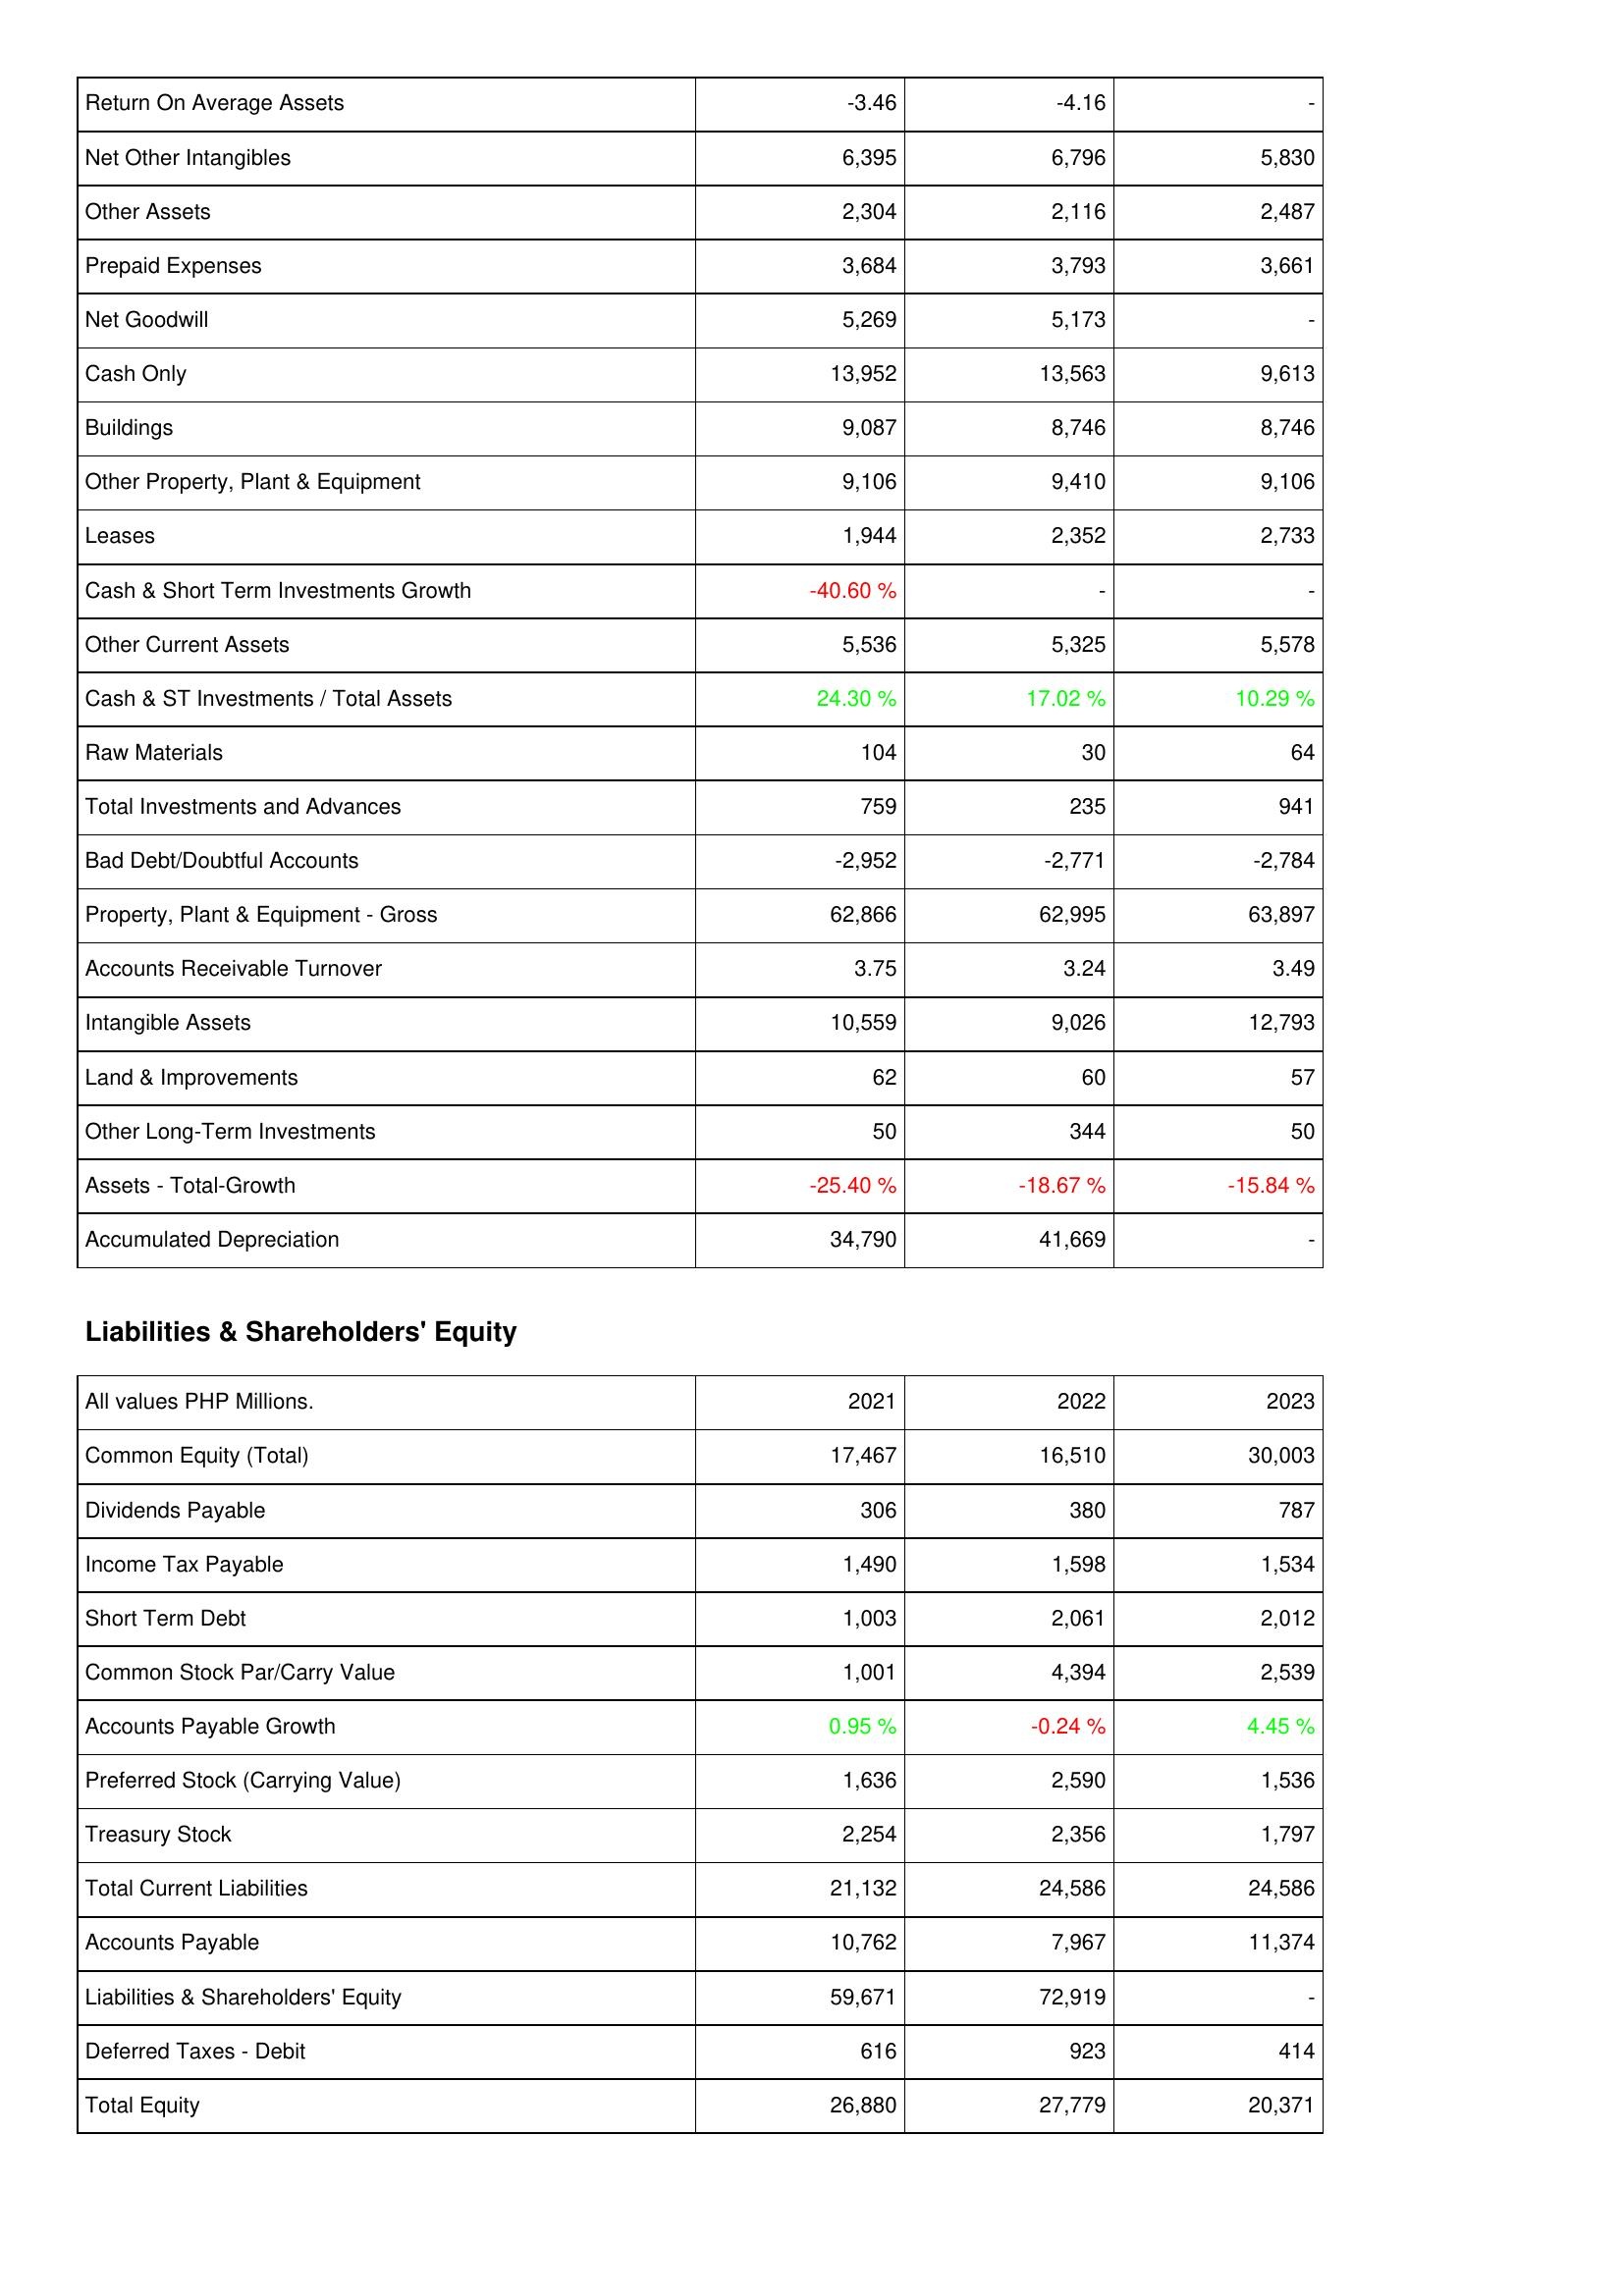
2021: Assets: Return On Average Assets: -3.46
Net Other Intangibles: 6,395
Other Assets: 2,304
Prepaid Expenses: 3,684
Net Goodwill: 5,269
Cash Only: 13,952
Buildings: 9,087
Other Property, Plant & Equipment: 9,106
Leases: 1,944
Cash & Short Term Investments Growth: -40.60 %
Other Current Assets: 5,536
Cash & ST Investments / Total Assets: 24.30 %
Raw Materials: 104
Total Investments and Advances: 759
Bad Debt/Doubtful Accounts: -2,952
Property, Plant & Equipment - Gross: 62,866
Accounts Receivable Turnover: 3.75
Intangible Assets: 10,559
Land & Improvements: 62
Other Long-Term Investments: 50
Assets - Total-Growth: -25.40 %
Accumulated Depreciation: 34,790
Liabilities & Shareholders' Equity: Common Equity (Total): 17,467
Dividends Payable: 306
Income Tax Payable: 1,490
Short Term Debt: 1,003
Common Stock Par/Carry Value: 1,001
Accounts Payable Growth: 0.95 %
Preferred Stock (Carrying Value): 1,636
Treasury Stock: 2,254
Total Current Liabilities: 21,132
Accounts Payable: 10,762
Liabilities & Shareholders' Equity: 59,671
Deferred Taxes - Debit: 616
Total Equity: 26,880
2022: Assets: Return On Average Assets: -4.16
Net Other Intangibles: 6,796
Other Assets: 2,116
Prepaid Expenses: 3,793
Net Goodwill: 5,173
Cash Only: 13,563
Buildings: 8,746
Other Property, Plant & Equipment: 9,410
Leases: 2,352
Cash & Short Term Investments Growth: -
Other Current Assets: 5,325
Cash & ST Investments / Total Assets: 17.02 %
Raw Materials: 30
Total Investments and Advances: 235
Bad Debt/Doubtful Accounts: -2,771
Property, Plant & Equipment - Gross: 62,995
Accounts Receivable Turnover: 3.24
Intangible Assets: 9,026
Land & Improvements: 60
Other Long-Term Investments: 344
Assets - Total-Growth: -18.67 %
Accumulated Depreciation: 41,669
Liabilities & Shareholders' Equity: Common Equity (Total): 16,510
Dividends Payable: 380
Income Tax Payable: 1,598
Short Term Debt: 2,061
Common Stock Par/Carry Value: 4,394
Accounts Payable Growth: -0.24 %
Preferred Stock (Carrying Value): 2,590
Treasury Stock: 2,356
Total Current Liabilities: 24,586
Accounts Payable: 7,967
Liabilities & Shareholders' Equity: 72,919
Deferred Taxes - Debit: 923
Total Equity: 27,779
2023: Assets: Return On Average Assets: -
Net Other Intangibles: 5,830
Other Assets: 2,487
Prepaid Expenses: 3,661
Net Goodwill: -
Cash Only: 9,613
Buildings: 8,746
Other Property, Plant & Equipment: 9,106
Leases: 2,733
Cash & Short Term Investments Growth: -
Other Current Assets: 5,578
Cash & ST Investments / Total Assets: 10.29 %
Raw Materials: 64
Total Investments and Advances: 941
Bad Debt/Doubtful Accounts: -2,784
Property, Plant & Equipment - Gross: 63,897
Accounts Receivable Turnover: 3.49
Intangible Assets: 12,793
Land & Improvements: 57
Other Long-Term Investments: 50
Assets - Total-Growth: -15.84 %
Accumulated Depreciation: -
Liabilities & Shareholders' Equity: Common Equity (Total): 30,003
Dividends Payable: 787
Income Tax Payable: 1,534
Short Term Debt: 2,012
Common Stock Par/Carry Value: 2,539
Accounts Payable Growth: 4.45 %
Preferred Stock (Carrying Value): 1,536
Treasury Stock: 1,797
Total Current Liabilities: 24,586
Accounts Payable: 11,374
Liabilities & Shareholders' Equity: -
Deferred Taxes - Debit: 414
Total Equity: 20,371